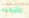
لأشكرك